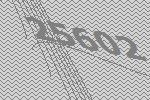
25602